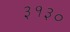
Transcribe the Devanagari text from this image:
३१३०